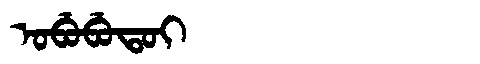
Manchu: ᠣᠪᡠᠪᡠᡨᠣᡳ
Romanization: OBUBUTOI